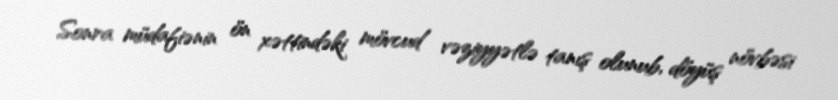
Sonra müdafiənin ön xəttindəki mövcud vəziyyətlə tanış olunub, döyüş növbəsi